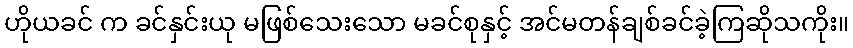
ဟိုယခင် က ခင်နှင်းယု မဖြစ်သေးသော မခင်စုနှင့် အင်မတန်ချစ်ခင်ခဲ့ကြဆိုသကိုး။